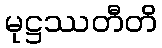
မုဋ္ဌဿတီတိ